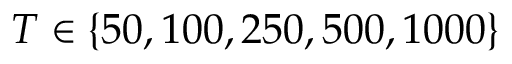
T \in \{ 5 0 , 1 0 0 , 2 5 0 , 5 0 0 , 1 0 0 0 \}